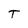
Character: T